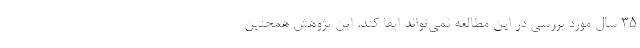
۳۵ سال مورد بررسی در این مطالعه نمی‌تواند ایفا کند. این پژوهش همچنین